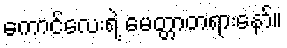
ကောင်လေးရဲ့ မေတ္တာတရားနော်။